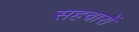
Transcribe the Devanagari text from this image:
सहचारों